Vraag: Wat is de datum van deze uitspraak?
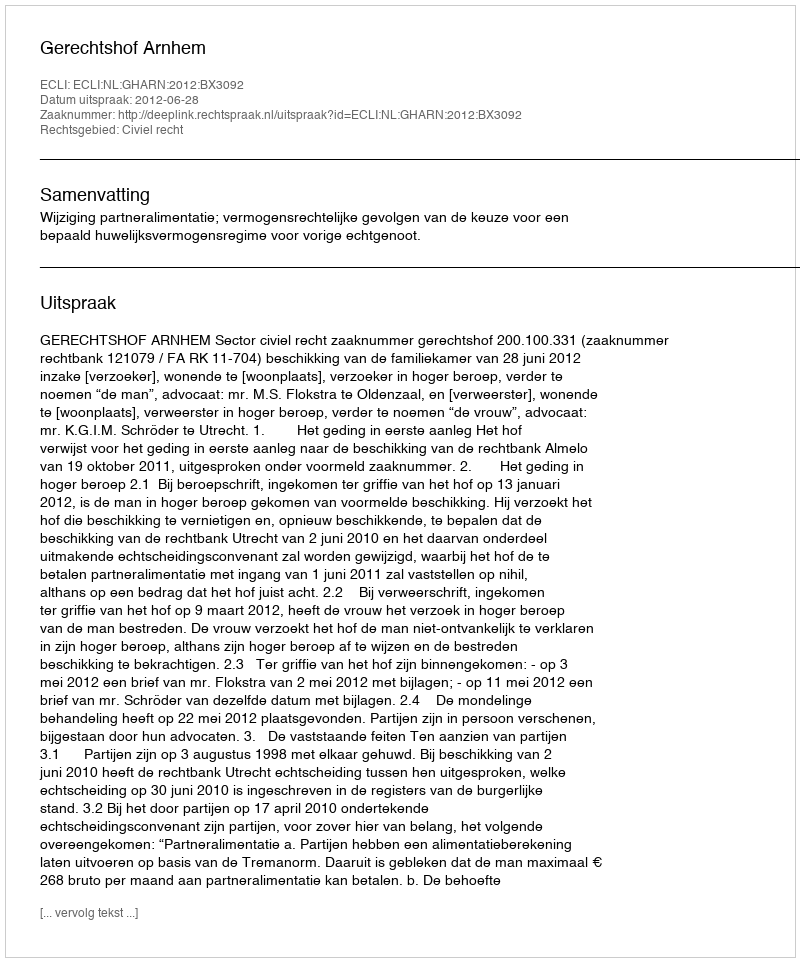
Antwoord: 2012-06-28